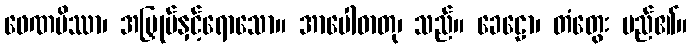
ဖေဏမိဿာ၊ အမြှုပ်နှင့်ရောသော။ အာပေါဓာတု၊ သည်။ ခေဠော၊ တံတွေး မည်၏။